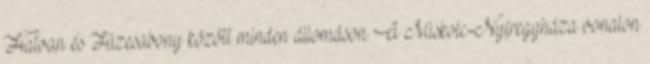
Hatvan és Füzesabony között minden állomáson. A Miskolc-Nyíregyháza vonalon